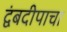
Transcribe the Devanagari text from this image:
द्वंबदीपाचा